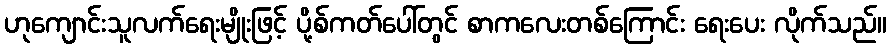
ဟုကျောင်းသူလက်ရေးမျိုးဖြင့် ပို့စ်ကတ်ပေါ်တွင် စာကလေးတစ်ကြောင်း ရေးပေး လိုက်သည်။